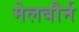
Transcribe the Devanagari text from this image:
मेलबौर्न